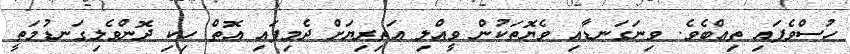
ހުސްވެފައި ތިއްބެވެ. ވިނަގަނޑާއި ވެޔޮތަކުން ވީއްލި އަތިރިޔަށް ދެމިފައި އޮތް ހިކި ދޮންވެލިގަނޑުމަތީ